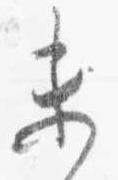
未